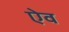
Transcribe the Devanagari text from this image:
ऐव